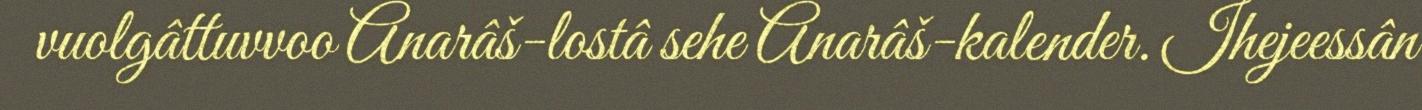
vuolgâttuvvoo Anarâš-lostâ sehe Anarâš-kalender. Ihejeessân